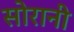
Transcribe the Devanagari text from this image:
सोरानी